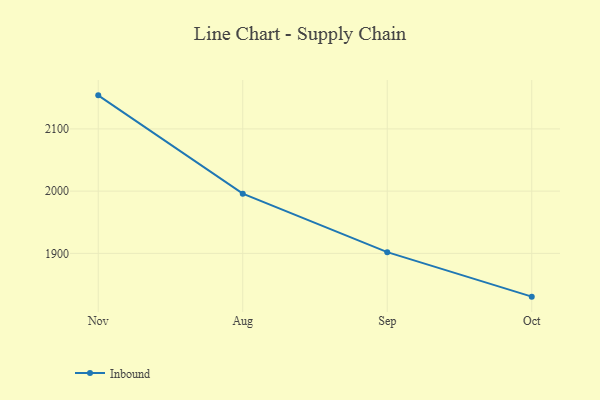
{"axis": {"x": "Month", "y": "LTV (USD)"}, "legend": ["Inbound"], "data": [{"x": "Nov", "y": 2153.9, "type": "Inbound"}, {"x": "Aug", "y": 1996.0, "type": "Inbound"}, {"x": "Sep", "y": 1902.0, "type": "Inbound"}, {"x": "Oct", "y": 1830.5, "type": "Inbound"}]}